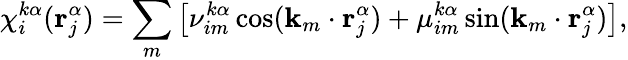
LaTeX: \chi_{i}^{k\alpha}(\mathbf{r}_{j}^{\alpha})=\sum_{m}\left[\nu_{im}^{k\alpha}\cos(\mathbf{k}_{m}\cdot\mathbf{r}_{j}^{\alpha})+\mu_{im}^{k\alpha}\sin(\mathbf{k}_{m}\cdot\mathbf{r}_{j}^{\alpha})\right],